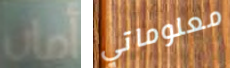
أمان معلوماتي